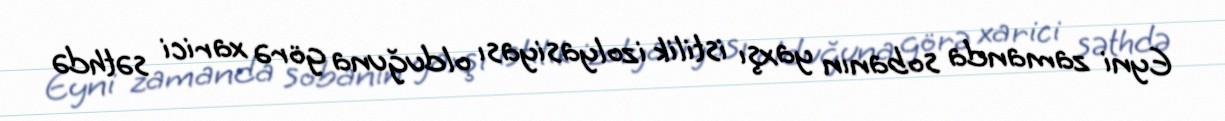
Eyni zamanda sobanın yaxşı istilik izolyasiyası olduğuna görə xarici səthdə